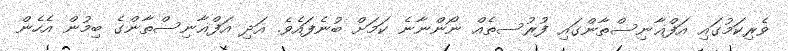
ވެރިކަމުގައި އަފްޣާނިސްތާންގައި ފުރުސތެއް ނޯންނާނެ ކަމަށް ބުނެފައެވެ. އަދި އަފްޣާނިސްތާންގެ ބިމުން އެހެން